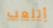
أتلعب